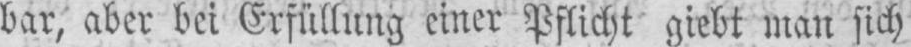
bar, aber bei Erfüllung einer Pflicht giebt man sich